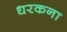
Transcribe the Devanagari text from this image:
धरकना